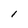
Character: l